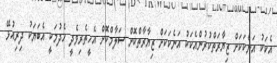
އެކަކު އަނެކަކަށް ޒިޔާރަތްކުރުންއެކަކު އަނެކަކަށް ޒިޔާރާތްކޮށް ސަލާމްކޮށް އެހީތެރިވެދީ ހެދުމަކީ އެބަޔަކު ދިރިއުޅޭ